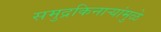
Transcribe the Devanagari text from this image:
समुद्रकिनार्‍यांमुळे